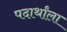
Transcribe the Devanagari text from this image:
पदार्थांला